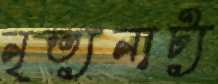
নৃত্যনাট্য